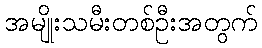
အမျိုးသမီးတစ်ဦးအတွက်